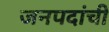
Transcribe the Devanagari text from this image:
जनपदांची